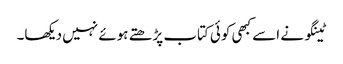
ٹینگو نے اسے کبھی کوئی کتاب پڑھتے ہوئے نہیں دیکھا۔